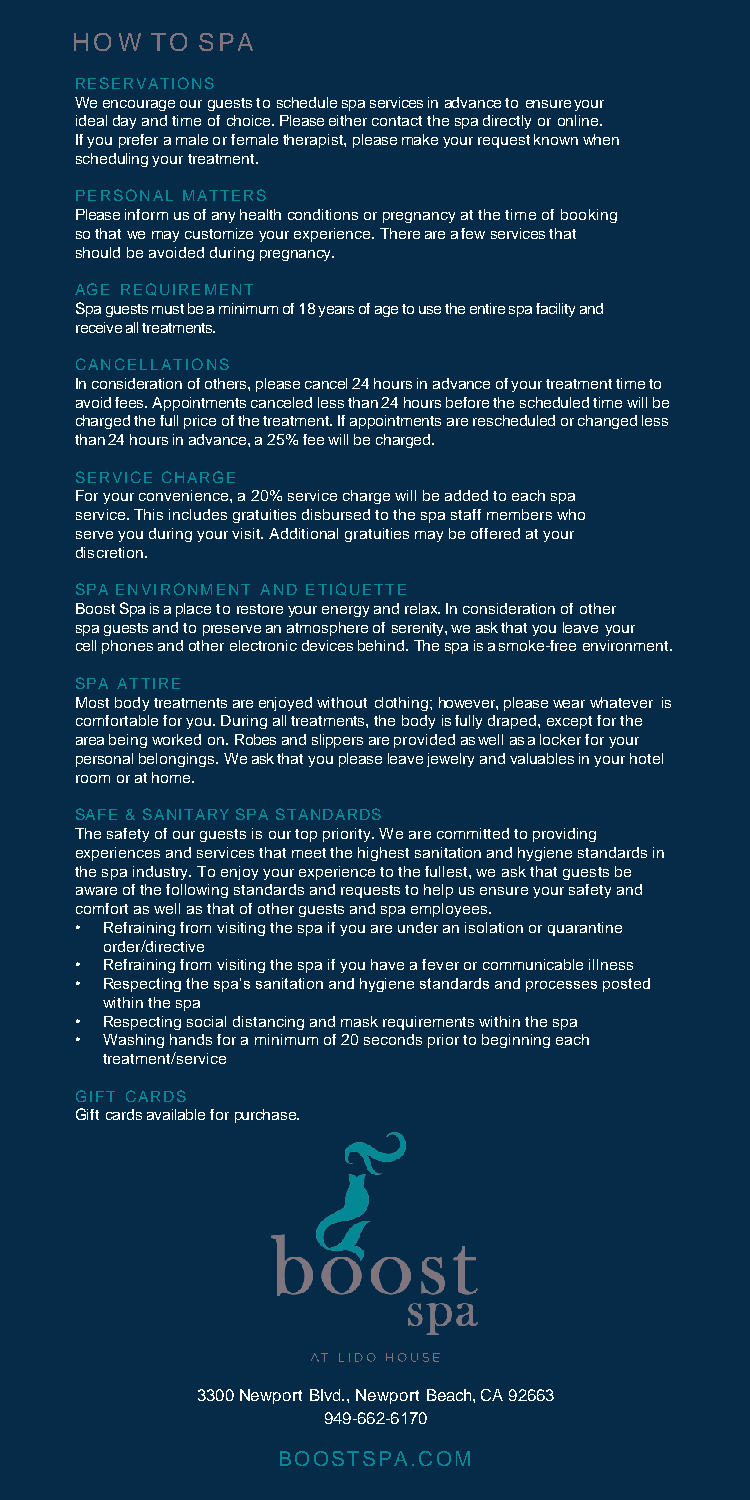
HOW  TO SPA
 RESERVATIONS
 We encourage our guests to schedule spa services in advance to ensure your
 ideal day and time of choice. Please either contact the spa directly oronline.
 If you prefer a male or female therapist, please make your request known when
 scheduling yourtreatment.
 PERSONAL MATTERS
 Please inform us of any health conditions or pregnancy at the time of booking
 so that we may customize your experience. There are a few services that
 should be avoided duringpregnancy.
 AGE REQUIREMENT
 Spa guests must be a minimum of 18 years of age to use the entire spa facility and
 receive all treatments.
 CANCELLATIONS
 In consideration of others, please cancel 24 hours in advance of your treatment time to
 avoid fees. Appointments canceled less than 24 hours before the scheduled time will be
 charged the full price of the treatment. If appointments are rescheduled or changed less
 than 24 hours in advance, a 25% fee will be charged.
 SERVICE CHARGE
 For your convenience, a 20% service charge will be added to each spa
 service. This includes gratuities disbursed to the spa staff members who
 serve you during your visit. Additional gratuities may be offered at your
 discretion.
 SPA ENVIRONMENT AND ETIQUETTE
 Boost Spa is a place to restore your energy and relax. In consideration of other
 spa guests and to preserve an atmosphere of serenity, we ask that you leave your
 cell phones and other electronic devices behind. The spa is a smoke-freeenvironment.
 SPA ATTIRE
 Most body treatments are enjoyed without clothing; however, please wear whatever is
 comfortable for you. During all treatments, the body is fully draped, except for the
 area being worked on. Robes and slippers are provided as well as a locker for your
 personal belongings. We ask that you please leave jewelry and valuables in your hotel
 room or athome.
 SAFE & SANITARY SPA STANDARDS
 The safety of our guests is our top priority. We are committed to providing
 experiences and services that meet the highest sanitation and hygiene standards in
 the spa industry. To enjoy your experience to the fullest, we ask that guests be
 aware of the following standards and requests to help us ensure your safety and
 comfort as well as that of other guests and spa employees.
 • Refraining from visiting the spa if you are under an isolation or quarantine
 order/directive
 • Refraining from visiting the spa if you have a fever or communicable illness
 • Respecting the spa’s sanitation and hygiene standards and processes posted
 within the spa
 • Respecting social distancing and mask requirements within the spa
 • Washing hands for a minimum of 20 seconds prior to beginning each
 treatment/service
 GIFT CARDS
 Gift cards available forpurchase.
 3300 Newport Blvd., Newport Beach,CA92663
 949-662-6170
 BOOSTSPA.COM